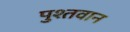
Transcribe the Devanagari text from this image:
पुश्तवान